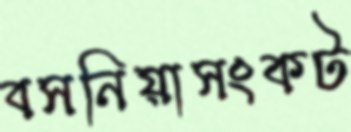
বসনিয়াসংকট